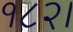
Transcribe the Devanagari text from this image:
१८२।